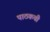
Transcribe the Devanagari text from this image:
पाठकची